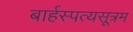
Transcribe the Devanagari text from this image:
बार्हस्पत्यसूत्रम